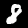
Label: 8